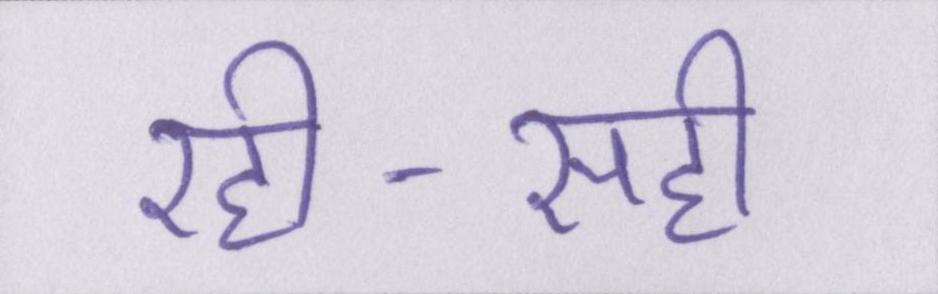
रही-सही